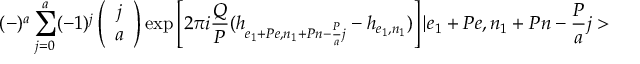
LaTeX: ( - ) ^ { a } \sum _ { j = 0 } ^ { a } ( - 1 ) ^ { j } \left( \begin{array} { c } { { j } } \\ { { a } } \end{array} \right) \mathrm { e x p } \left[ 2 \pi i \frac { Q } { P } ( h _ { e _ { 1 } + P e , n _ { 1 } + P n - \frac { P } { a } j } - h _ { e _ { 1 } , n _ { 1 } } ) \right] | e _ { 1 } + P e , n _ { 1 } + P n - \frac { P } { a } j >